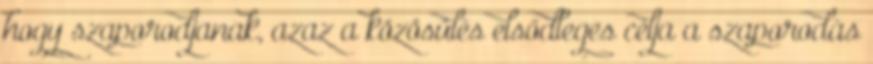
hogy szaporodjanak, azaz a közösülés elsődleges célja a szaporodás